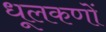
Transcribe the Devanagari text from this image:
धूलकणों